Physiological action of certain drugs in tablet form - Number 52A
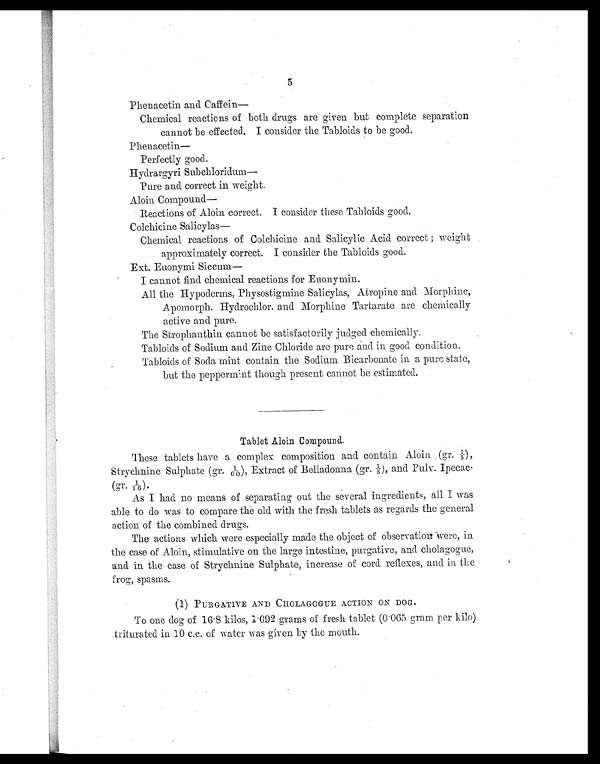
5
Phenacetin and Caffein—
Chemical reactions of both drugs are given but complete separation
cannot be effected. I consider the Tabloids to be good.
Phenacetin —
Perfectly good.
Hydrargyri Subchloridum—
Pure and correct in weight.
Aloin Compound—
Reactions of Aloin correct. I consider these Tabloids good.
Colchicine Salicylas—
Chemical reactions of Colchicine and Salicylic Acid correct; weight
approximately correct. I consider the. Tabloids good.
Ext. Euonymi Siccum—
I cannot find chemical reactions for Euonymin.
All the Hypoderms, Physostigmine Salicylas, Atropine and Morphine,
Apomorph. Hydrochlor. and Morphine Tarta rate are chemically
active and pure.
The Strophanthin cannot be satisfactorily judged chemically.
Tabloids of Sodium and Zinc Chloride are pure and in good condition.
Tabloids of Soda mint contain the Sodium Bicarbonate in a pure state, but the
peppermint though present cannot be.estimated.
Tablet Aloin Compound.
These tablets have a complex composition and contain Aloin (gr.
1/5),
Strychnine Sulphate (gr. 1/60), Extra ct of Belladonna (gr. ⅛ ), and Puly. Ipecac.
(gr.1/16).
As I had no means of separating out the several ingredients, all I was
able to do was to compare the old with the fresh tablets as regards the general
action of the combined drugs.
The actions which were especially made the object of observation were,
i n t h e c a s e o f A l o i n , s t i m u l a t i v e o n t h e l a r g e i n t e s t i n e , p u r g a t i v e , a n d c h o l a g o g u e ,
and in the case of Strychnine Sulphate, increase of cord reflexes, and in the
frog, spasms.
( 1 ) PURGATIVE AND CHOLAGOGUE ACTION ON DOG.
To one dog of 16
. 5 kilos, 1.092 grams of fresh tablet (0.065 gram per kilo)
triturated in 10 c.c. of water was given by the mouth.